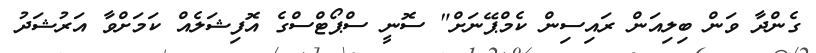
ގެންދާ ވަން ބިލިއަން ރައިސިން ކެމްޕޭނަށް" ސޮނީ ސްޕޯޓްސްގެ އޮފިޝަލެއް ކަމަށްވާ އަރުޝަދު